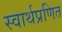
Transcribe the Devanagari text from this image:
स्वार्थप्रणित